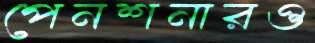
পেনশনারও